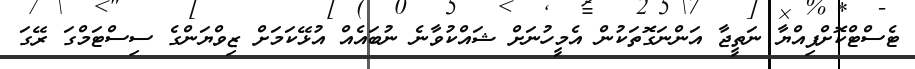
ޓެސްޓްކޮށްފިއްޔާ ނަތީޖާ އަންނަގޮތަކުން އެމީހުނަށް ޝައްކުވާނެ ނުބައެއް އުޅޭކަމަށް ޒިވްޔަންގެ ސިސްޓަމްގަ ރޭގަ